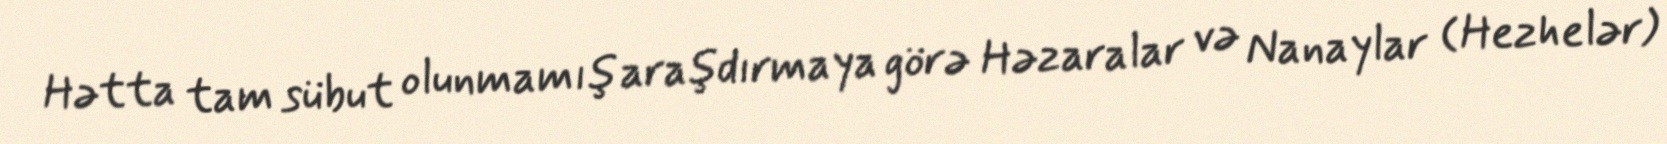
Hətta tam sübut olunmamış araşdırmaya görə Həzaralar və Nanaylar (Hezhelər)